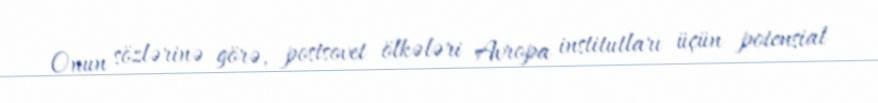
Onun sözlərinə görə, postsovet ölkələri Avropa institutları üçün potensial